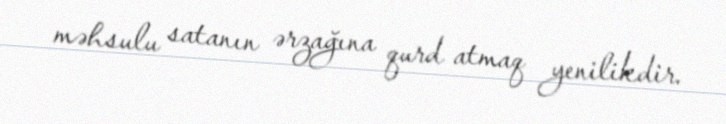
məhsulu satanın ərzağına qurd atmaq yenilikdir.